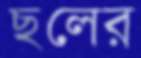
ছলের